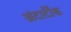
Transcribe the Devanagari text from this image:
अंटार्टीक